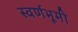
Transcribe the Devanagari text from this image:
स्वर्णभूमी